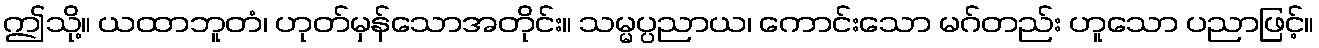
ဤသို့။ ယထာဘူတံ၊ ဟုတ်မှန်သောအတိုင်း။ သမ္မပ္ပညာယ၊ ကောင်းသော မဂ်တည်း ဟူသော ပညာဖြင့်။